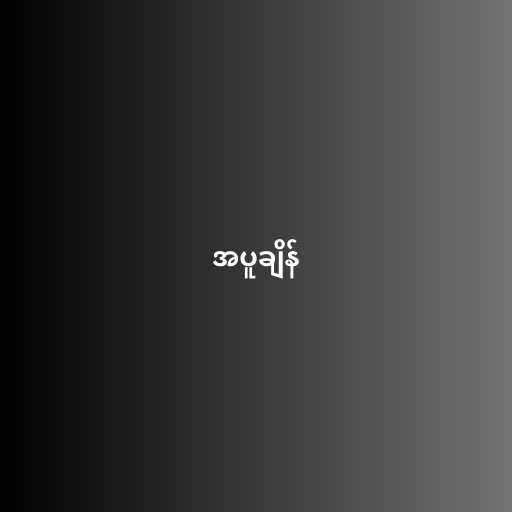
အပူချိန်